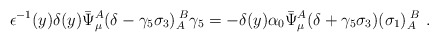
\begin{align*} \epsilon^{-1}(y) \delta(y) \bar{\Psi}_\mu^A(\delta-\gamma_5\sigma_3)_A^{\;B}\gamma_5=-\delta(y)\alpha_{0}\bar{\Psi}_\mu^A(\delta+\gamma_{5}\sigma_3)(\sigma_1)_A^{\;B}\ .\end{align*}